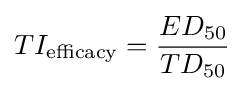
TI_{\text{efficacy}}={\frac {ED_{50}}{TD_{50}}}